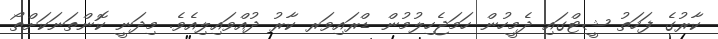
ކާރުގެ ފަހަތު ޝީޓްގައި ދެމީހުން ހަމަޖެހިލުމުން ޑްރައިވަރ ކާރު ދުއްވައިލިއެވެ. މިދަނީ ކޮންތަނަކަށްތޯ